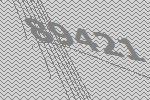
89421